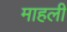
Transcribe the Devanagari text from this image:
माहली